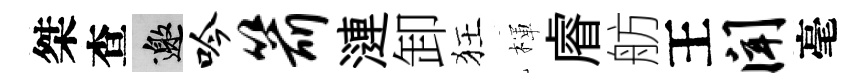
桀查邀吟箭漣卸狂楎𥈠舫王闻毫